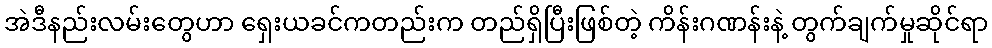
အဲဒီနည်းလမ်းတွေဟာ ရှေးယခင်ကတည်းက တည်ရှိပြီးဖြစ်တဲ့ ကိန်းဂဏန်းနဲ့ တွက်ချက်မှုဆိုင်ရာ